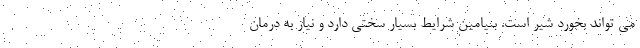
می تواند بخورد شیر است. بنیامین شرایط بسیار سختی دارد و نیاز به درمان